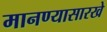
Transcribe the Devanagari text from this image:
मानण्यासारखे